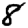
Digit: 8